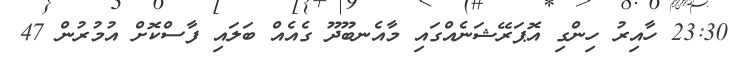
23:30 ހާއިރު ހިންގި އޮޕަރޭޝަނެއްގައި މާއެނބޫދޫ ގެއެއް ބަލައި ފާސްކޮށް އުމުރުން 47